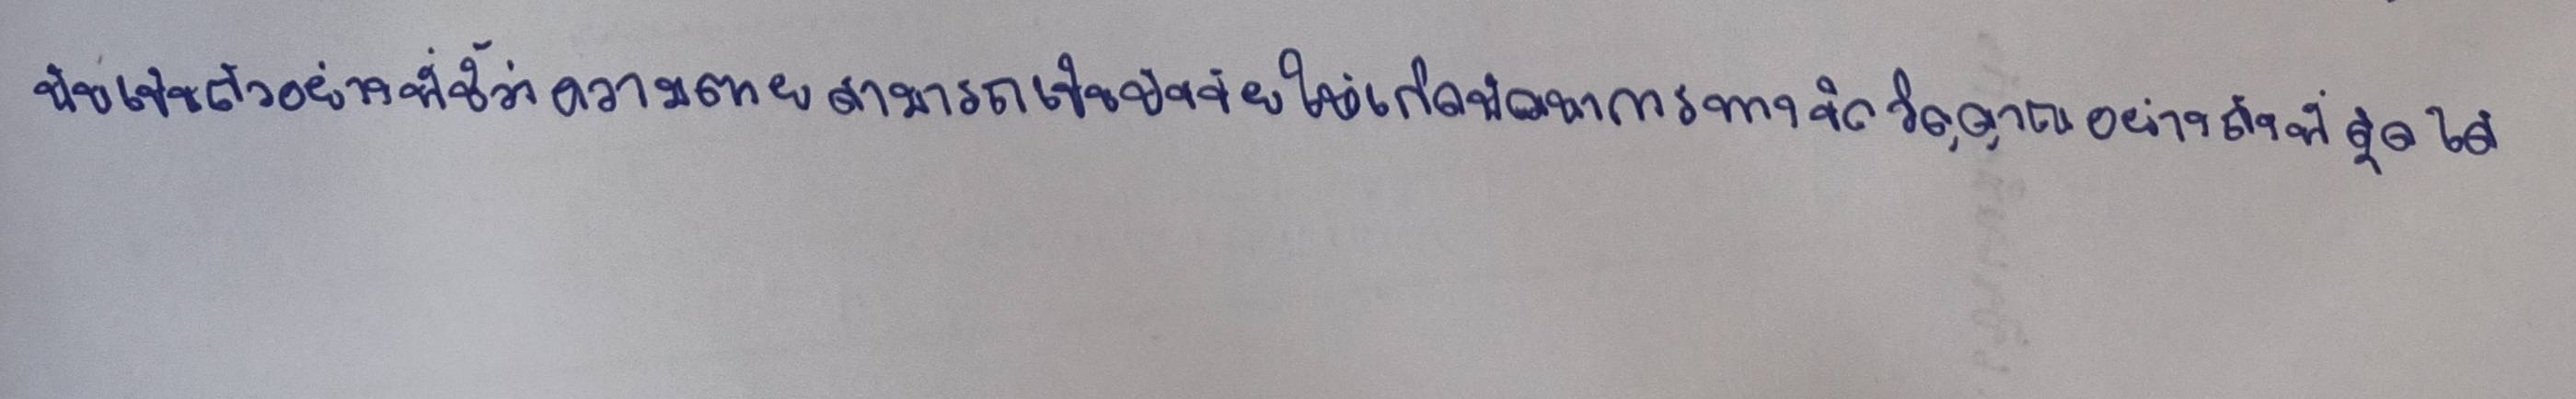
นับเป็นตัวอย่างที่ชี้ว่าความตายสามารถเป็นปัจจัยให้เกิดพัฒนาการทางจิตวิญญาณอย่างถึงที่สุดได้